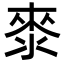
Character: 𭱁